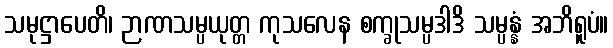
သမုဋ္ဌာပေတိ၊ ဉာဏသမ္ပယုတ္တ ကုသလေန စက္ခုသမ္ပဒါဒိ သမ္ပန္နံ အဘိရူပံ။